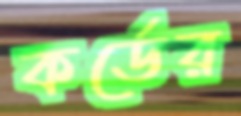
কর্ডের